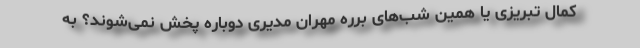
کمال تبریزی یا همین شب‌های برره مهران مدیری دوباره پخش نمی‌شوند؟ به